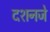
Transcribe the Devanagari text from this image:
दशनजे